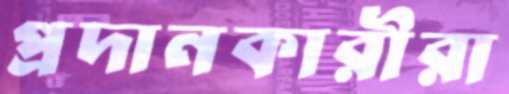
প্রদানকারীরা